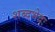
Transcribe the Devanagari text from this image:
शब्दभेदः